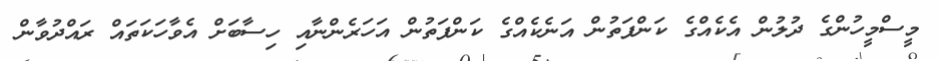
މީސްމީހުންގެ ދުލުން އެކެއްގެ ކަންފަތުން އަނެކެއްގެ ކަންފަތުން އަހަރެންނާއި ހިސާބަށް އެވާހަކަތައް ރައްދުވާން